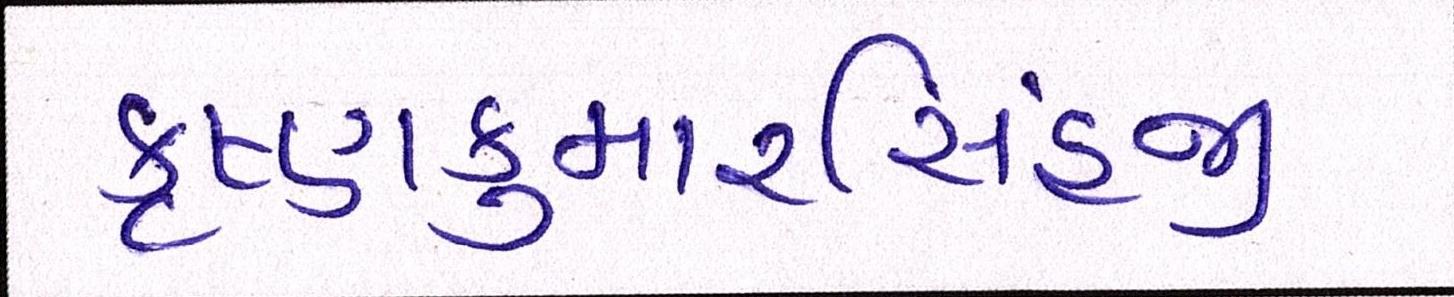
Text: કૃષ્ણકુમારસિંહજી